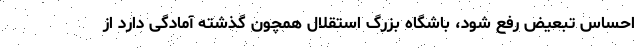
احساس تبعیض رفع شود، باشگاه بزرگ استقلال همچون گذشته آمادگی دارد از